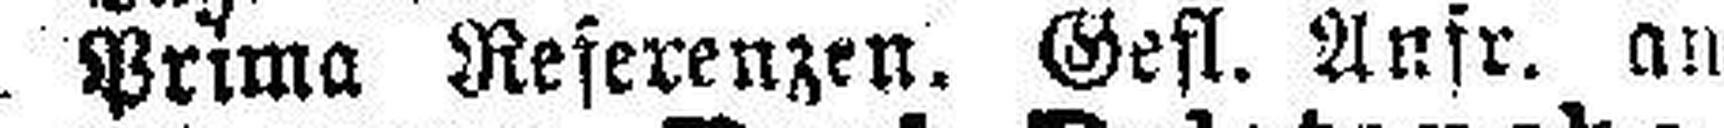
Prima Reserenzen. Gest. Anfr. an